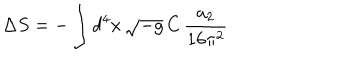
\Delta S = - \int d ^ { 4 } x \, \sqrt { - g } \, C \, \frac { a _ { 2 } } { 1 6 \pi ^ { 2 } }